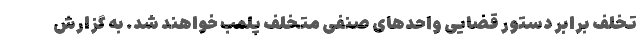
تخلف برابر دستور قضایی واحدهای صنفی متخلف پلمب خواهند شد. به گزارش